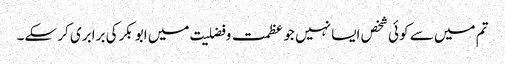
تم میں سے کوئی شخص ایسا نہیں جو عظمت و فضلیت میں ابو بکرکی برابری کر سکے۔